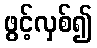
ဖွင့်လှစ်၍